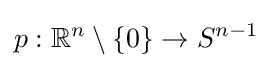
p:\mathbb {R} ^{n}\setminus \{0\}\to S^{n-1}